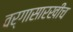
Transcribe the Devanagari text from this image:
वर्गासारखीच